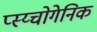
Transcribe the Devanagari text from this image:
प्स्य्चोगेनिक